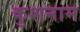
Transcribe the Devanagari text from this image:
कुशनाम